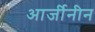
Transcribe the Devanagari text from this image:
आर्जीनीन